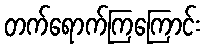
တက်ရောက်ကြကြောင်း